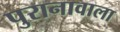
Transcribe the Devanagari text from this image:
पुरानावाला